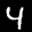
Label: 4